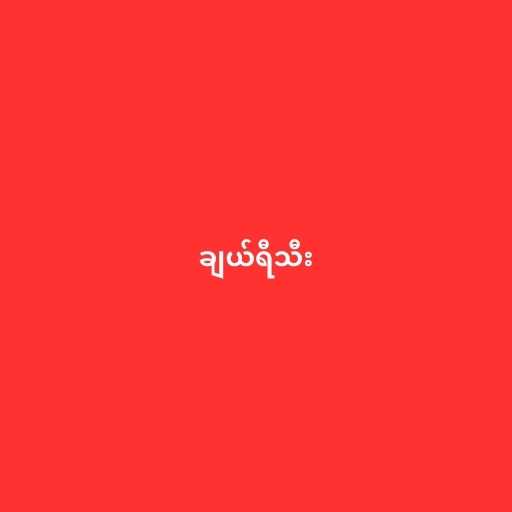
ချယ်ရီသီး